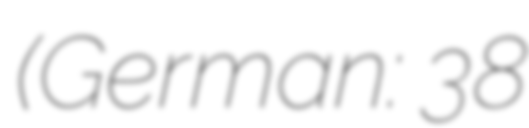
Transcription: (German: 38